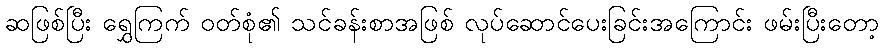
ဆဖြစ်ပြီး ရွှေကြက် ဝတ်စုံ၏ သင်ခန်းစာအဖြစ် လုပ်ဆောင်ပေးခြင်းအကြောင်း ဖမ်းပြီးတော့